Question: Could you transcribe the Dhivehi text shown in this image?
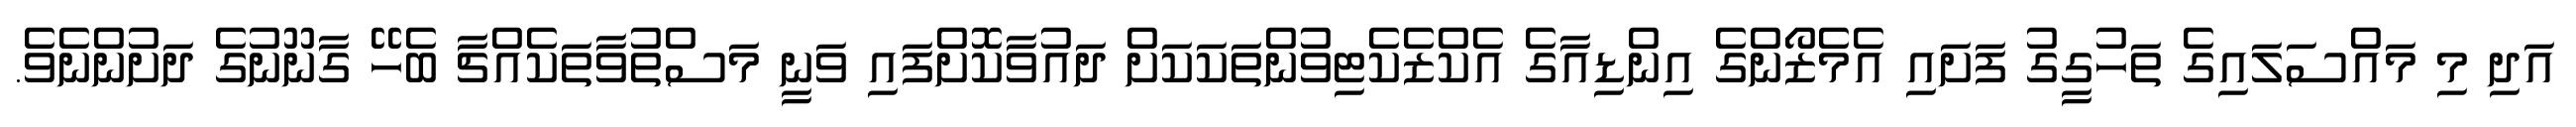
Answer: އަދި މި މައްސަލައިގެ ތަހުގީގު ފަށައި އެމެޒޯންގެ އިންޑިއާގެ އެކްޒެކެޓިވުންތަކަކަށް ދައުވާކޮށްފައި ވަނީ މަސްތުވާތަކެއްޗާ ބެހޭ ގާނޫނުގެ ދަށުންނެވެ.